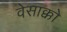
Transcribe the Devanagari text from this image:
वेसाक्को